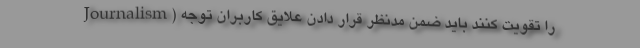
Journalism) را تقویت کنند باید ضمن مدنظر قرار دادن علایق کاربران توجه